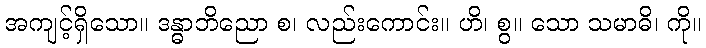
အကျင့်ရှိသော။ ဒန္ဓာဘိညော စ၊ လည်းကောင်း။ ဟိ၊ စွ။ သော သမာဓိ၊ ကို။